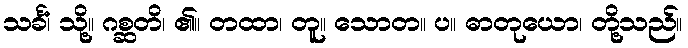
သင်္ခံ၊ သို့။ ဂစ္ဆတိ၊ ၏။ တထာ၊ တူ။ သောတ။ ပ။ ဓာတုယော၊ တို့သည်။